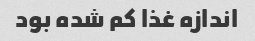
اندازه غذا کم شده بود